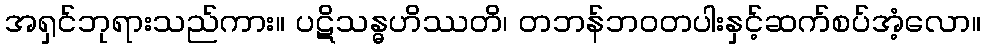
အရှင်ဘုရားသည်ကား။ ပဋိသန္ဓဟိဿတိ၊ တဘန်ဘဝတပါးနှင့်ဆက်စပ်အံ့လော။